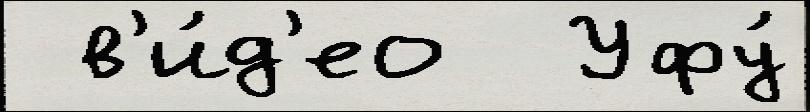
 в'и́д'ео  Уфу́